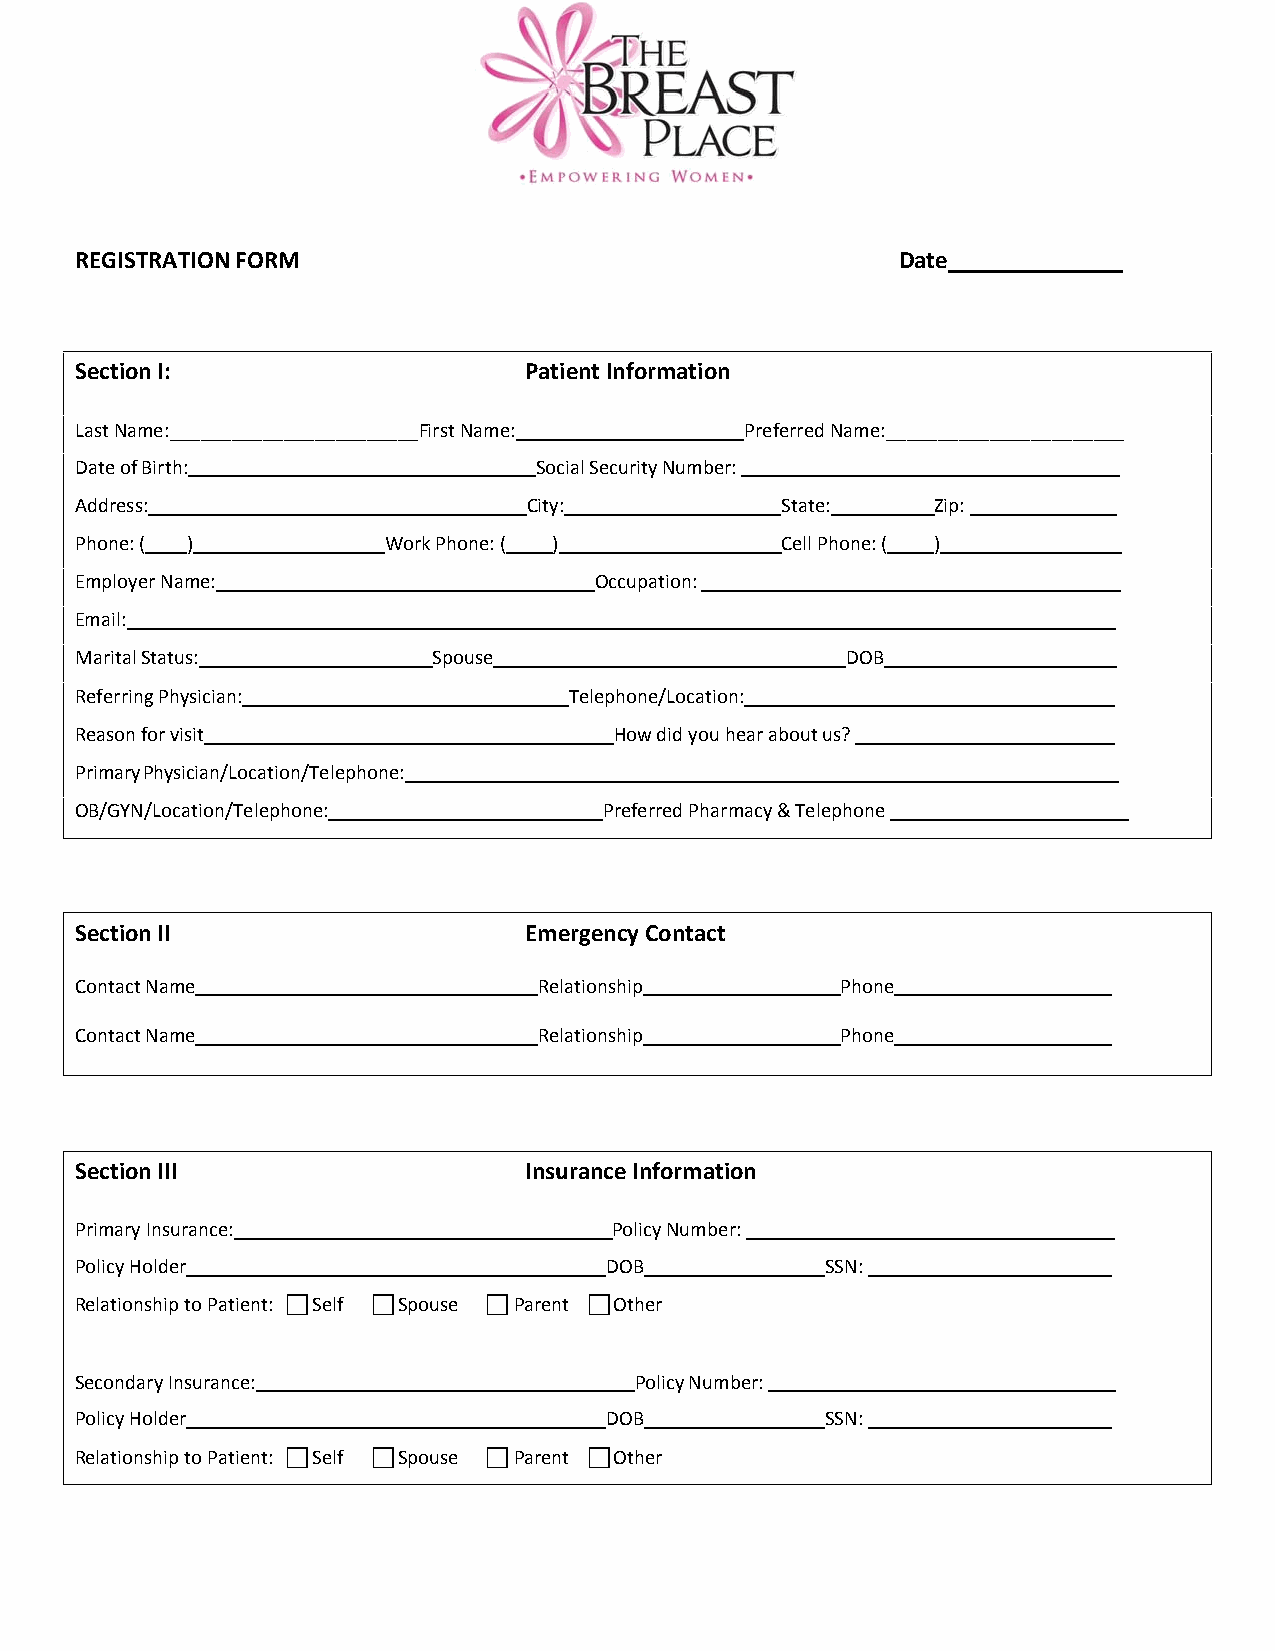
REGISTRATION FORM                                      Date
 Section I:                    Patient Information
 Last Name:________________________First Name:______________________Preferred Name:_______________________
 Date of Birth:                Social Security Number:
 Address:                      City:            State:    Zip:
 Phone: ( )          Work Phone: ( )            Cell Phone: ( )
 Employer Name:                    Occupation:
 Email:
 Marital Status:         Spouse                     DOB
 Referring Physician:             Telephone/Location:
 Reason for visit                    How did you hear about us?
 Primary Physician/Location/Telephone:
 OB/GYN/Location/Telephone:         Preferred Pharmacy & Telephone
 Section II                    Emergency Contact
 Contact Name                   Relationship        Phone
 Contact Name                   Relationship        Phone
 Section III                   Insurance Information
 Primary Insurance:                  Policy Number:
 Policy Holder                      DOB            SSN:
 Relationship to Patient:  Self  Spouse  Parent  Other
 Secondary Insurance:                 Policy Number:
 Policy Holder                      DOB            SSN:
 Relationship to Patient:  Self  Spouse  Parent  Other